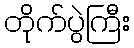
တိုက်ပွဲကြီး